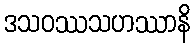
ဒသဝဿသဟဿာနိ